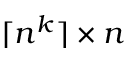
\lceil n ^ { k } \rceil \times n